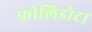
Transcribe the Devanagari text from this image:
फोलिडोटा